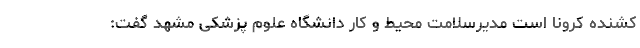
کشنده کرونا است مدیرسلامت محیط و کار دانشگاه علوم پزشکی مشهد گفت: